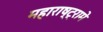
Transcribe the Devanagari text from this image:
महाराष्ट्रामे